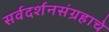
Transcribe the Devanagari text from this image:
सर्वदर्शनसंग्रहाचे